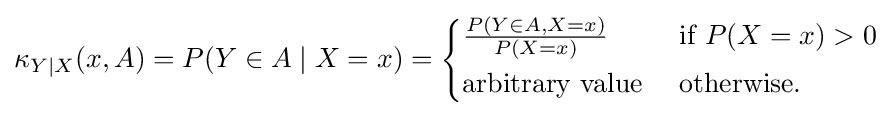
\kappa _{Y\mid X}(x,A)=P(Y\in A\mid X=x)={\begin{cases}{\frac {P(Y\in A,X=x)}{P(X=x)}}&{\text{ if }}P(X=x)>0\\[3pt]{\text{arbitrary value}}&{\text{ otherwise}}.\end{cases}}